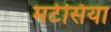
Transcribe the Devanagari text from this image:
मर्टसिया